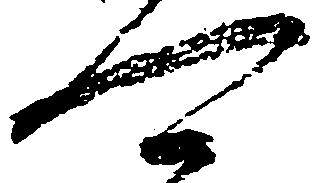
可